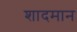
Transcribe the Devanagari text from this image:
शादमान